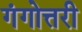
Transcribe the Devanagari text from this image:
गंगोत्तरी